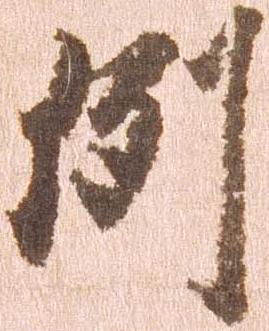
例